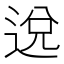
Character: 𨓚